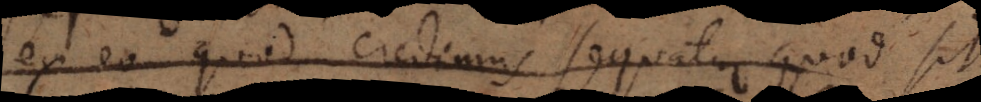
ex iis quae credimus sequatur quod sit